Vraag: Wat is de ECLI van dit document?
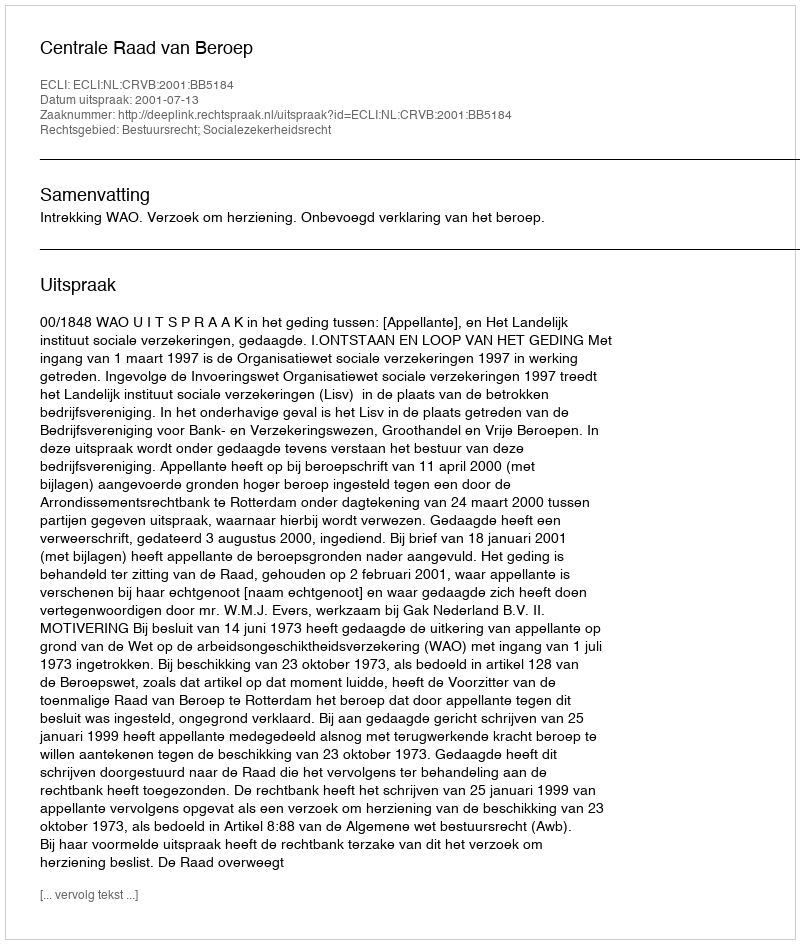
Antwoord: ECLI:NL:CRVB:2001:BB5184